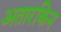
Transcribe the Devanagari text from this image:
अतारकिन